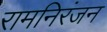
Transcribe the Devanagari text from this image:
रामनिरंजन